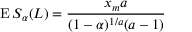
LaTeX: \operatorname { E } S _ { \alpha } ( L ) = { \frac { x _ { m } a } { ( 1 - \alpha ) ^ { 1 / a } ( a - 1 ) } }